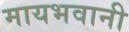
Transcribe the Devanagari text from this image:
मायभवानी